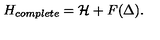
H _ { c o m p l e t e } = { \cal H } + F ( \Delta ) .